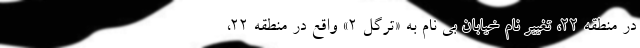
در منطقه ۲۲، تغییر نام خیابان بی نام به «ترگل ۲» واقع در منطقه ۲۲،